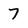
Character: 7